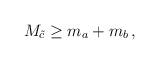
LaTeX: \begin{align*}M_{\tilde{c}}\geq m_{a}+m_{b}\,, \end{align*}